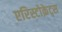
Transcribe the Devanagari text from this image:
एरिस्टोक्रेट्स